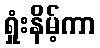
ရှုံးနိမ့်ကာ